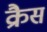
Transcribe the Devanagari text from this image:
क्रैस